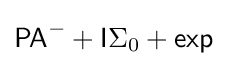
{\mathsf {PA}}^{-}+{\mathsf {I}}\Sigma _{0}+{\mathsf {exp}}